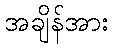
အချိန်အား